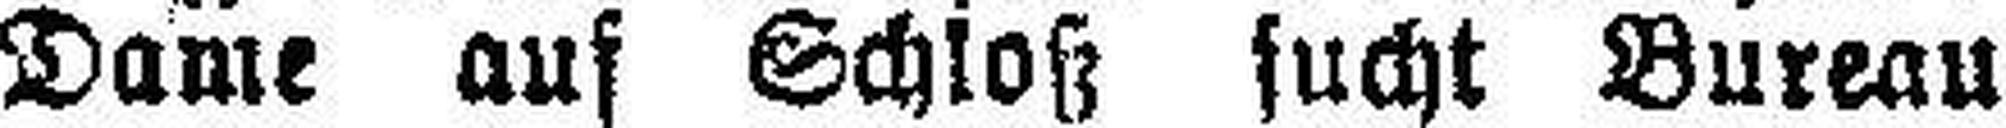
Dame auf Schloß sucht Bureau